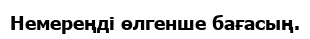
Немереңді өлгенше бағасың.